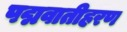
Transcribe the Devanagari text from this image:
पद्मवातीहरण